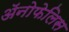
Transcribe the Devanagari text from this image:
अॅनोफेलिस